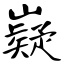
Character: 嶷